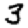
Digit: 3